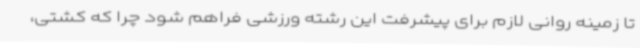
تا زمینه روانی لازم برای پیشرفت این رشته ورزشی فراهم شود چرا که کشتی،